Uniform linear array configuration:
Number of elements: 16
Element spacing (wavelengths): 0.75
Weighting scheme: cosine
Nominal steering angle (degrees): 15
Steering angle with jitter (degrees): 14.903
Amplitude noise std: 0.05
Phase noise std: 0.05

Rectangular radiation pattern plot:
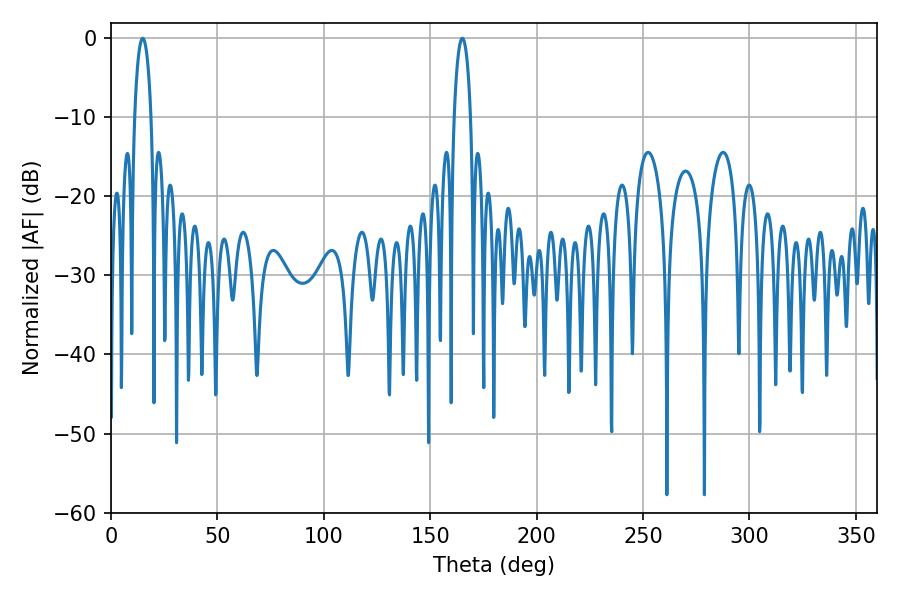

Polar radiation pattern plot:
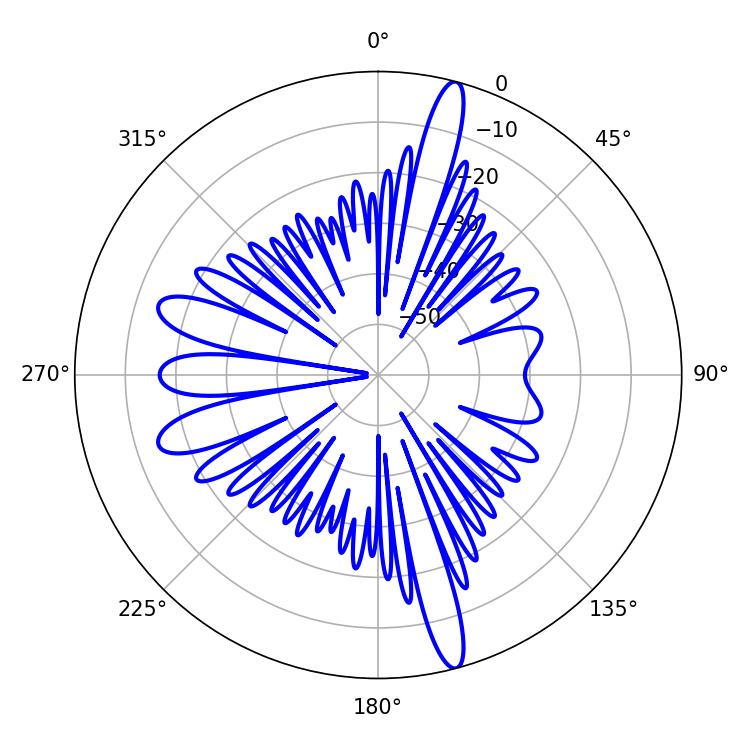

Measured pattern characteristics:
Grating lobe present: TRUE
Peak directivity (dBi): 18.195
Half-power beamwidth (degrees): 4.32
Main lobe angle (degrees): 165.06